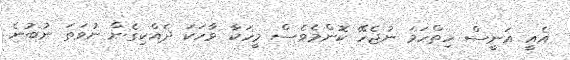
އެއީ އަނީސް ހިތްހަމަ ނުޖެހޭ ކޮންމެވެސް މީހަކާ ވާހަކަ ދެއްކިގެން ނުވަތަ ނުބުނެ